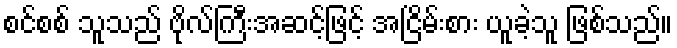
စင်စစ် သူသည် ဗိုလ်ကြီးအဆင့်ဖြင့် အငြိမ်းစား ယူခဲ့သူ ဖြစ်သည်။